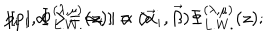
p _ { i } \mid \alpha > = \alpha _ { i } \mid \alpha > \hspace { 1 5 m m } [ p _ { i } , \Phi _ { L . W . } ^ { ( \lambda , \mu ) } ( z ) ] = ( \vec { \alpha } _ { i } , \vec { \beta } ) \Phi _ { L . W . } ^ { ( \lambda , \mu ) } ( z ) ;